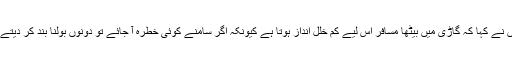
انھوں نے کہا کہ گاڑی میں بیٹھا مسافر اس لیے کم خلل انداز ہوتا ہے کیونکہ اگر سامنے کوئی خطرہ آ جائے تو دونوں بولنا بند کر دیتے ہیں۔